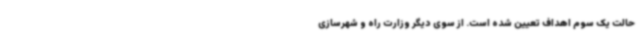
حالت یک سوم اهداف تعیین شده است. از سوی دیگر وزارت راه و شهرسازی